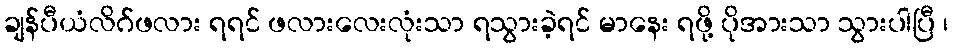
ချန်ပီယံလိဂ်ဖလား ရရင် ဖလားလေးလုံးသာ ရသွားခဲ့ရင် မာနေး ရဖို့ ပိုအားသာ သွားပါပြီ ၊